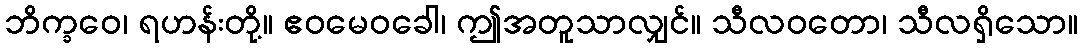
ဘိက္ခဝေ၊ ရဟန်းတို့။ ဧဝမေဝခေါ၊ ဤအတူသာလျှင်။ သီလဝတော၊ သီလရှိသော။